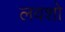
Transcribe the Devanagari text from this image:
लवशो